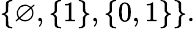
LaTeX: \{ \varnothing,\{ 1\} ,\{ 0,1\} \} .